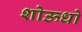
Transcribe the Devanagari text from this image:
शोऊधो